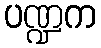
ပဏ္ဍက